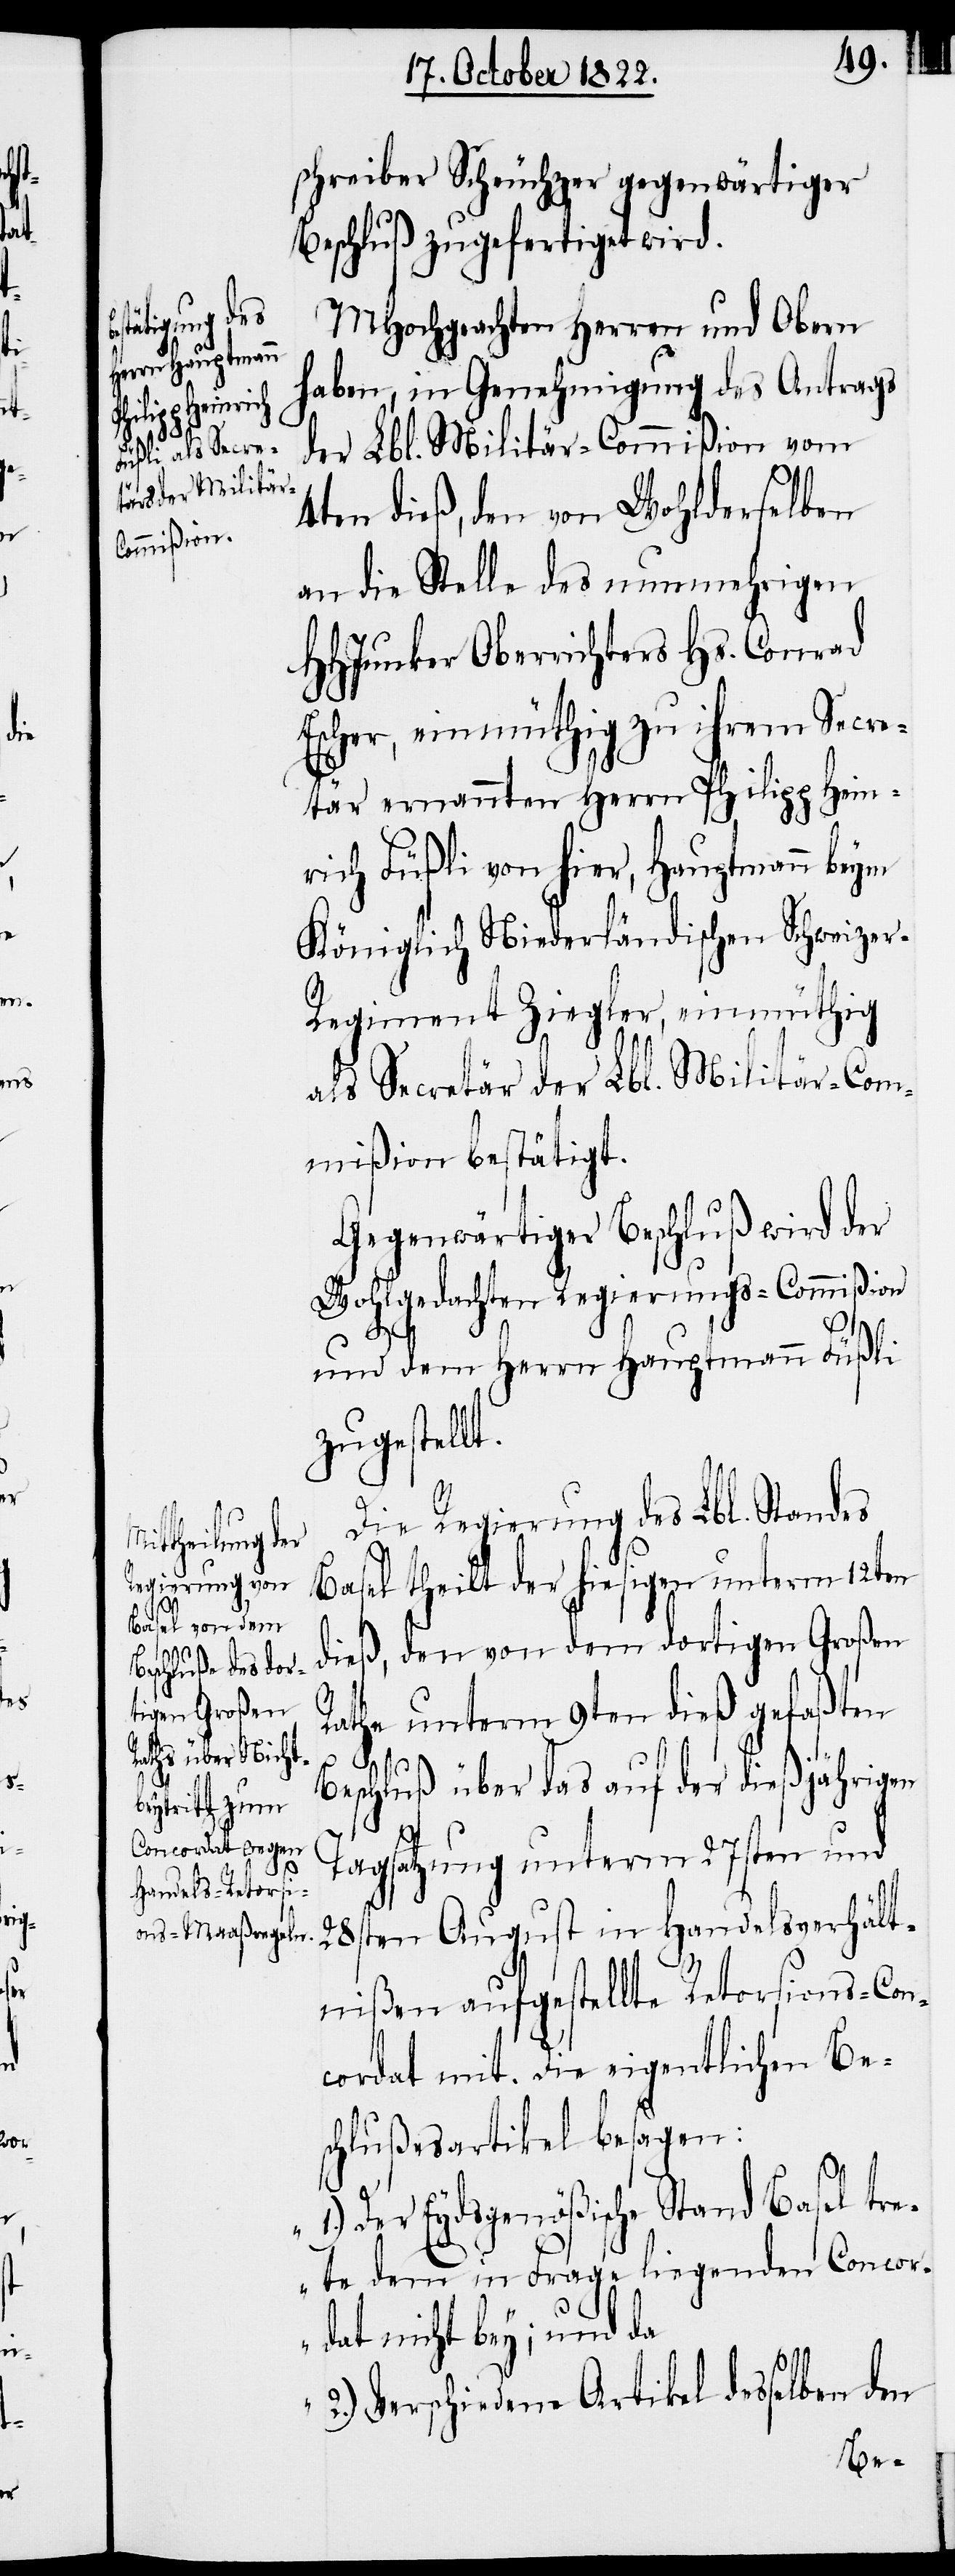
schreiber Scheuchzer gegenwärtiger
Beschluß zugefertiget wird.
MHochgeachten Herren und Obern
haben, in Genehmigung des Antrags
der Lbl. Militär-Commißion vom
4ten dieß, den von Wohlderselben
an die Stelle des nunmehrigen
HHJunker Oberrichters Hs. Conrad
Escher, einmüthig zu ihrem Secre¬
tär ernannten Herrn Philipp Hein¬
rich Füßli von hier, Hauptmann beym
Königlich Niederländischen Schweize¬
r-Regiment Ziegler, einmüthig
als Secretär der Lbl. Militär-Com¬
mißion bestätigt.
Gegenwärtiger Beschluß wird der
Wohlgedachten Regierungs-Commißion
und dem Herrn Hauptmann Füßli
zugestellt.
Die Regierung des Lbl. Standes
Basel theilt der hiesigen unterm 12ten
dieß, den von dem dortigen Großen
Rathe unterm 9ten dieß gefaßten
Beschluß über das auf der dießjährigen
Tagsatzung unterm 27sten und
28sten August in Handelsverhält¬
nißen aufgestellte Retorsions-Con¬
cordat mit. Die eigentlichen Be¬
schlußesartikel besagen:
„1.) Der Eydsgenößische Stand Basel tr¬
ete dem in Frage liegenden Concor¬
dat nicht bey; und da
2.) Verschiedene Artikel desselben den